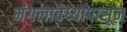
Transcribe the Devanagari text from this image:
मंगलावेध्यापासून